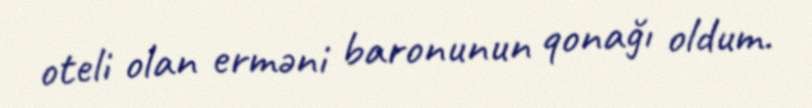
oteli olan erməni baronunun qonağı oldum.